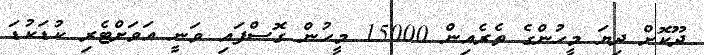
ދޫކޮށް ދިޔަ މީހުންގެ ތެރެއިން 15000 މީހުން ގޮސްފައި ވަނީ އަވަށްޓެރި ކުޑަކުޑަ